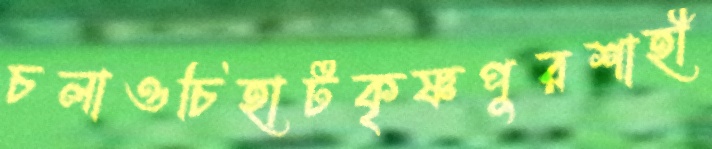
চলাওচিহাটকৃষ্ণপুরশাহী